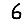
Digit: 6